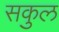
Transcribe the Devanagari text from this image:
सकुल